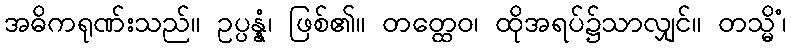
အဓိကရုဏ်းသည်။ ဥပ္ပန္နံ၊ ဖြစ်၏။ တတ္ထေဝ၊ ထိုအရပ်၌သာလျှင်။ တသ္မိံ၊